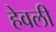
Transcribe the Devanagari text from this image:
हेवली